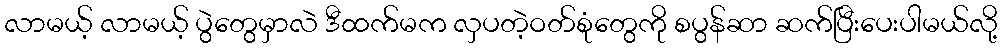
လာမယ့် လာမယ့် ပွဲတွေမှာလဲ ဒီထက်မက လှပတဲ့ဝတ်စုံတွေကို စပွန်ဆာ ဆက်ပြီးပေးပါမယ်လို့